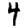
Digit: 4